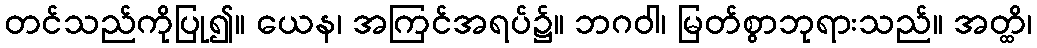
တင်သည်ကိုပြု၍။ ယေန၊ အကြင်အရပ်၌။ ဘဂဝါ၊ မြတ်စွာဘုရားသည်။ အတ္ထိ၊